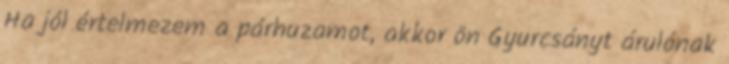
Ha jól értelmezem a párhuzamot, akkor ön Gyurcsányt árulónak